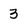
Character: 3